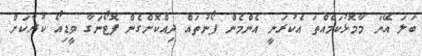
ބަލަ އޭނަ މާމޮޅުކަމެއްތަ އެކުރަނީ އެންމެން ފޯނުތައް ދިއްކޮށްގެން ފޮޓޯނަގާ ވީޑިއޯ ކުރާކަށް